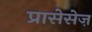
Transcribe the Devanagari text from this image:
प्रासेसेज़